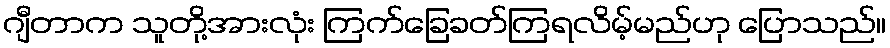
ဂျီတာက သူတို့အားလုံး ကြက်ခြေခတ်ကြရလိမ့်မည်ဟု ပြောသည်။